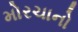
મોરચાનો